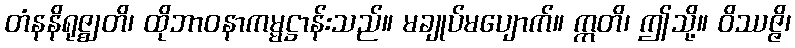
တံနနိရုဇ္ဈတိ၊ ထိုဘာဝနာကမ္မဋ္ဌာန်းသည်။ မချုပ်မပျောက်။ ဣတိ၊ ဤသို့။ ဝိဿဇ္ဇိ၊